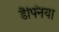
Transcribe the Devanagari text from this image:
डैफ्निया